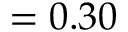
= 0 . 3 0